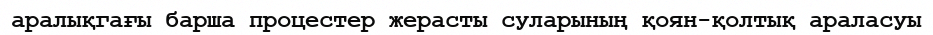
аралықгағы барша процестер жерасты суларының қоян-қолтық араласуы